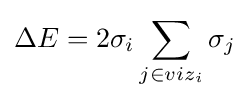
\Delta E=2\sigma _{i}\sum _{j\in viz_{i}}\sigma _{j}